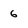
Character: 6